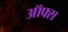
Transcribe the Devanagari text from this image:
ऑफ्स